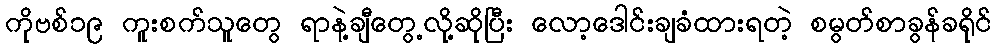
ကိုဗစ်၁၉ ကူးစက်သူတွေ ရာနဲ့ချီတွေ့လို့ဆိုပြီး လော့ဒေါင်းချခံထားရတဲ့ စမွတ်စာခွန်ခရိုင်